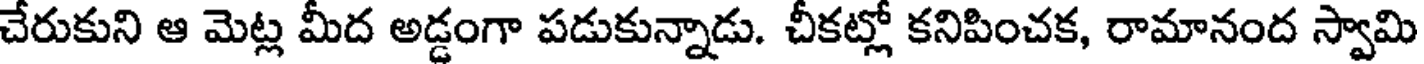
చేరుకుని ఆ మెట్ల మీద అడ్డంగా పడుకున్నాడు. చీకట్లో కనిపించక, రామానంద స్వామి